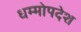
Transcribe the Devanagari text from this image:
धम्मोपदेश